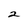
Character: 2